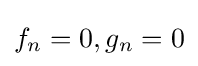
f_{n}=0,g_{n}=0